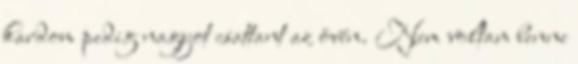
kardom pedig nagyot csattant az övén. Nem voltam benne